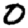
Digit: 0